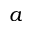
a